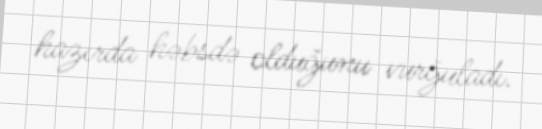
hazırda həbsdə olduğunu vurğuladı.